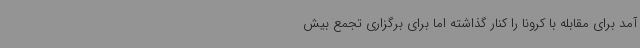
آمد برای مقابله با کرونا را کنار گذاشته اما برای برگزاری تجمع بیش